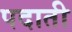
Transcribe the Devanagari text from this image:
पदाती